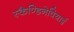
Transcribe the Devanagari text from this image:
स्कैण्डिनेवियाई